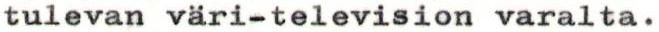
tulevan väri-television varalta.